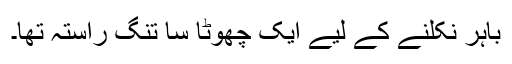
باہر نکلنے کے لیے ایک چھوٹا سا تنگ راستہ تھا۔